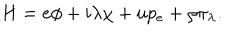
H = e \phi + i \lambda \chi + u p _ { e } + \rho \pi _ { \lambda } .